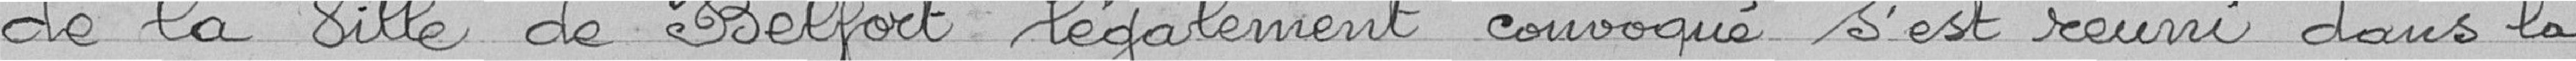
de la Ville de Belfort légalement convoqué s'est réuni dans la